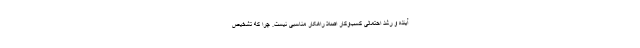
آینده و رشد احتمالی کسب‌وکار اصلا راهکار مناسبی نیست. چرا که تشخیص